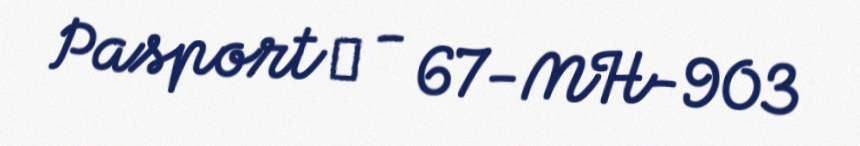
Pasport № - 67-MH-903